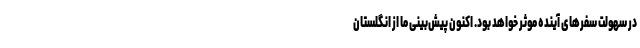
در سهولت سفرهای آینده موثر خواهد بود. اکنون پیش‌بینی ما از انگلستان